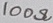
Text: 100Ω